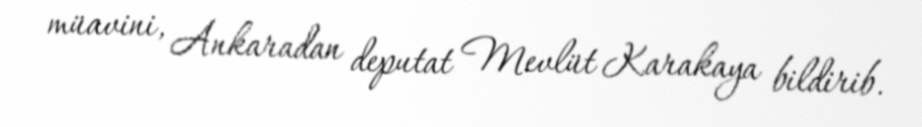
müavini, Ankaradan deputat Mevlüt Karakaya bildirib.